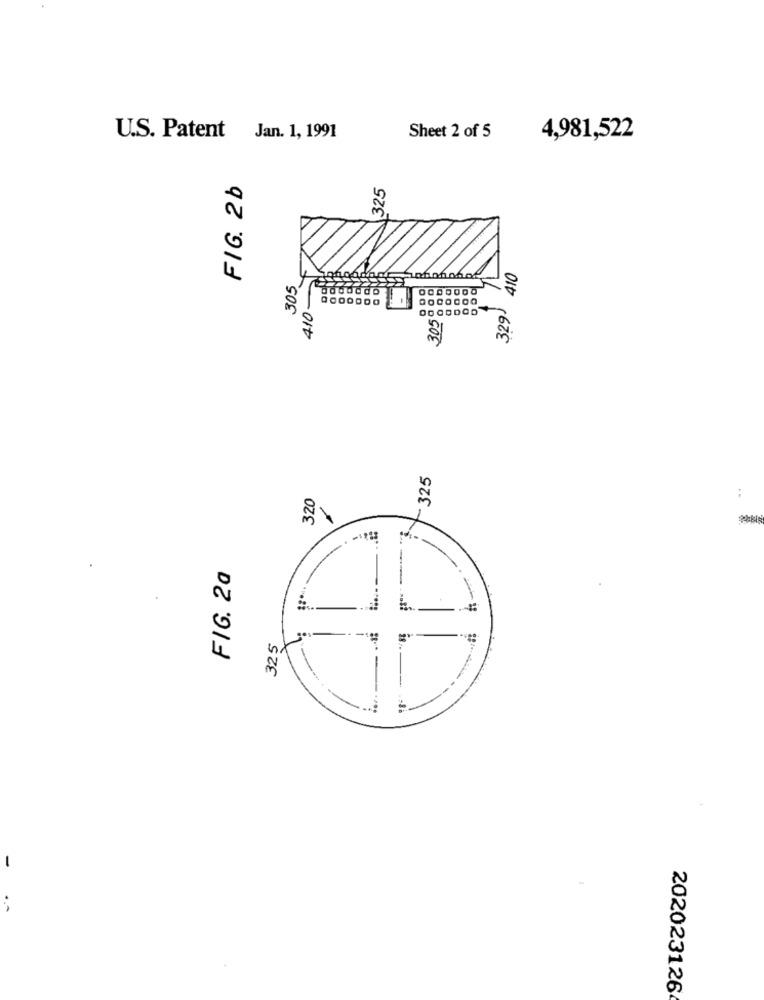
U.S. Patent Jan. 1, 1991
Sheet 2 of 5
4,981,522
FIG. 2b
325
410
305
329)
410
305:
+325
..
320
FIG. 2a
325
202023126